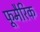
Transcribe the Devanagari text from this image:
फूमैरिक